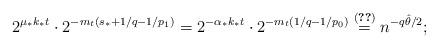
LaTeX: \begin{align*} 2^{\mu_*k_*t}\cdot 2^{‐m_t(s_*+1/q‐1/p_1)} = 2^{‐\alpha_*k_*t}\cdot 2^{‐m_t(1/q‐1/p_0)} \stackrel{\eqref{hat_theta_def}}{=} n^{‐q\hat \theta/2};\end{align*}